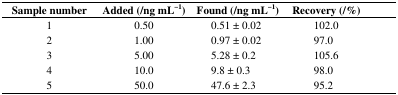
| Sample number | Added (/ng mL−1) | Found (/ng mL−1) | Recovery (/%) |
 | --- | --- | --- | --- |
 | 1 | 0.50 | 0.51 ± 0.02 | 102.0 |
 | 2 | 1.00 | 0.97 ± 0.02 | 97.0 |
 | 3 | 5.00 | 5.28 ± 0.2 | 105.6 |
 | 4 | 10.0 | 9.8 ± 0.3 | 98.0 |
 | 5 | 50.0 | 47.6 ± 2.3 | 95.2 |